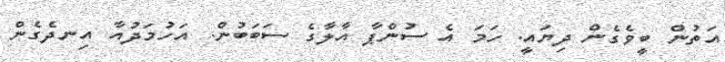
އަތުން ބީވެގެން ދިޔައީ. ހަމަ އެ ސުންޕާ އާލާގެ ސަބަބުން. އަހުމަދުއާ އިނދެގެން